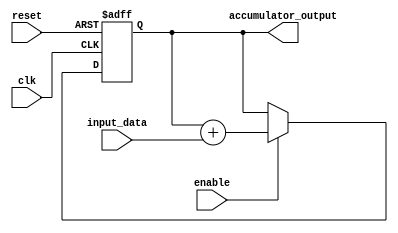
module accumulator (
    input wire clk,
    input wire reset,
    input wire enable,
    input wire [7:0] input_data,
    output reg [15:0] accumulator_output
);

reg [15:0] accumulator_register;

always @(posedge clk or posedge reset) begin
    if (reset) begin
        accumulator_register <= 16'h0000;
    end else if (enable) begin
        accumulator_register <= accumulator_register + input_data;
    end
end

assign accumulator_output = accumulator_register;

endmodule